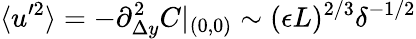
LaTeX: \langle u^{\prime 2}\rangle=-\partial_{\Delta y}^{2}C|_{(0,0)}\sim(\epsilon L)^{2/3}\delta^{-1/2}